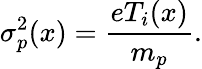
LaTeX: \sigma_{p}^{2}(x)=\frac{eT_{i}(x)}{m_{p}}.